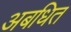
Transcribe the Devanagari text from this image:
अबधित